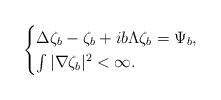
\begin{align*}\begin{cases}\Delta \zeta_{b}-\zeta_{b}+ib\Lambda\zeta_{b}=\Psi_{b},\\\int |\nabla \zeta_{b}|^{2}<\infty.\end{cases}\end{align*}